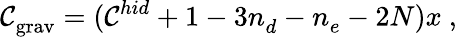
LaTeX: \mathcal{C}_{\mathrm{{grav}}}^{}=(\mathcal{C}_{}^{hid}+1-3n_{d}^{}-n_{e}^{}-2N)x\ ,